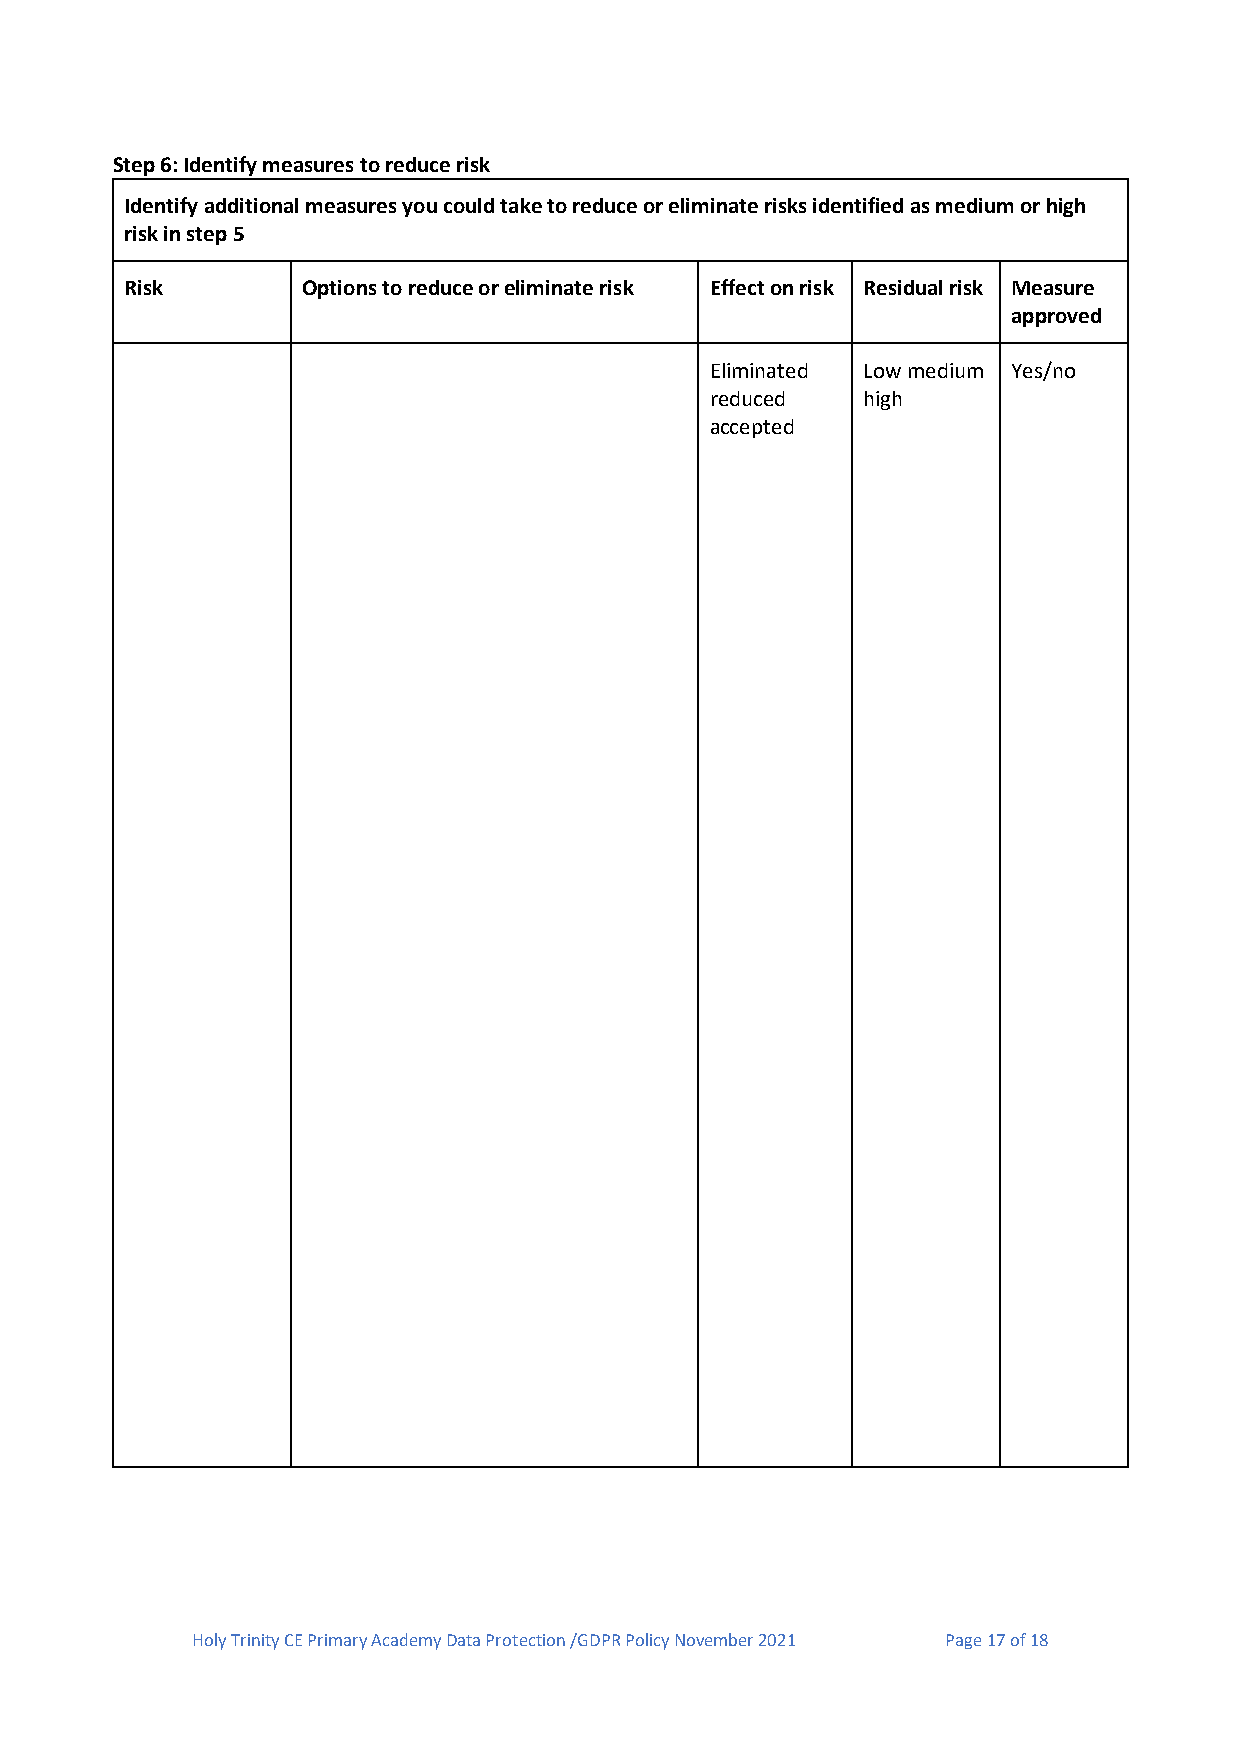
Step 6: Identify measures to reduce risk
 Identify additional measures you could take to reduce or eliminate risks identified as medium or high
 risk in step 5
 Risk        Options to reduce or eliminate risk Effect on risk Residual risk Measure
 approved
 Eliminated Low medium Yes/no
 reduced   high
 accepted
 Holy Trinity CE Primary Academy Data Protection /GDPR Policy November 2021 Page 17 of 18